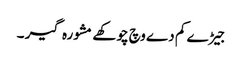
جیڑے کم دے وچ چوکھے مشورہ گیر ۔